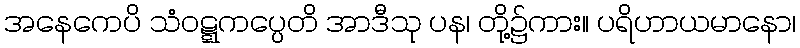
အနေကေပိ သံဝဋ္ဋကပ္ပေတိ အာဒီသု ပန၊ တို့၌ကား။ ပရိဟာယမာနော၊